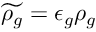
\widetilde { \rho _ { g } } = \epsilon _ { g } \rho _ { g }